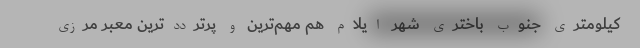
کیلومتری جنوب باختری شهر ایلام هم مهم‌ترین و پرترددترین معبر مرزی